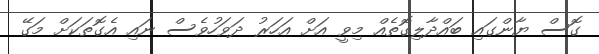
ގޮސް ޔާންގައި ބައްދާލިގޮތެއް މިވީ އަށް އަހަރު ދަވަހުވެސް ނައި އެގޮތަކަށް މަގޭ